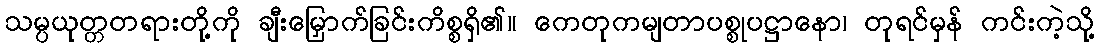
သမ္ပယုတ္တတရားတို့ကို ချီးမြှောက်ခြင်းကိစ္စရှိ၏။ ကေတုကမျတာပစ္စုပဋ္ဌာနော၊ တုရင်မှန် ကင်းကဲ့သို့